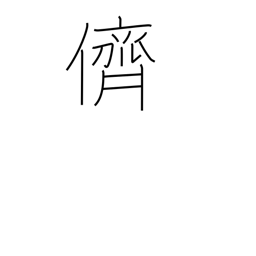
Meaning: companion